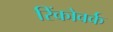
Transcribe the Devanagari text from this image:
रिंकोवर्क